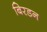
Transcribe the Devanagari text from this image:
बिरडन